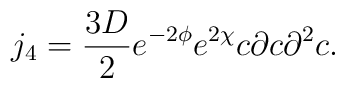
j_4 = \frac{3D}{2} e^{-2\phi}e^{2\chi} c\partial c {\partial}^2c.